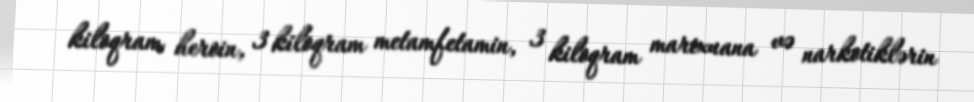
kiloqram heroin, 3 kiloqram metamfetamin, 3 kiloqram marixuana və narkotiklərin